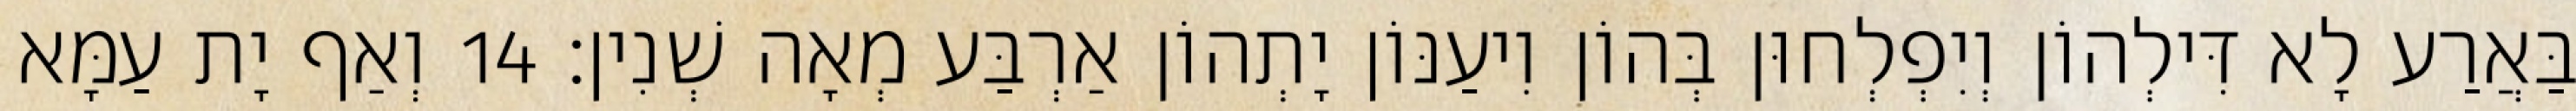
בַּאֲרַע לָא דִּילְהוֹן וְיִפְלְחוּן בְּהוֹן וִיעַנּוֹן יָתְהוֹן אַרְבַּע מְאָה שְׁנִין׃ 14 וְאַף יָת עַמָּא